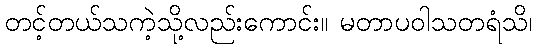
တင့်တယ်သကဲ့သို့လည်းကောင်း။ မတာပဝါသတရံသိ၊